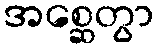
အစ္ဆေတွာ